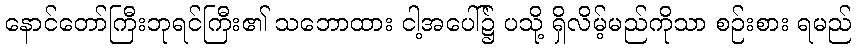
နောင်တော်ကြီးဘုရင်ကြီး၏ သဘောထား ငါ့အပေါ်၌ ပသို့ ရှိလိမ့်မည်ကိုသာ စဉ်းစား ရမည်